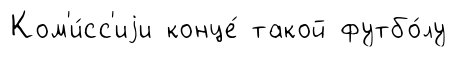
Ком'и́сс'иjи конце́ такой футбо́лу